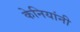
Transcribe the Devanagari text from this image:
केनियांनी